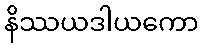
နိဿယဒါယကော